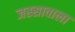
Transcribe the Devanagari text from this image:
जस्‍सावाला